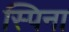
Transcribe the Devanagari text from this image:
स्पिना